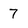
Character: 7